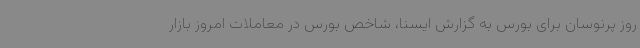
روز پرنوسان برای بورس به گزارش ایسنا، شاخص بورس در معاملات امروز بازار